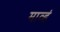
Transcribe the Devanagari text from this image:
माव्हं